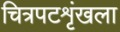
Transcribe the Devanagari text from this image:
चित्रपटशृंखला